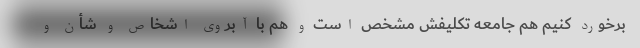
برخورد کنیم هم جامعه تکلیفش مشخص است و هم با آبروی اشخاص و شأن و